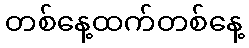
တစ်နေ့ထက်တစ်နေ့